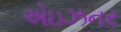
એઇઝનર